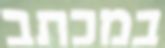
במכתב